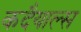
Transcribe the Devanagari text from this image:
कदैयाल्स